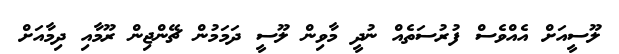
ލޫސީއަށް އެއްވެސް ފުރުސަތެއް ނުދީ މާވިން ލޫސީ ދަމަމުން ޗޭންޖިން ރޫމާއި ދިމާއަށް